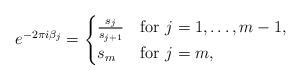
LaTeX: \begin{align*}e^{-2\pi i\beta_j}=\begin{cases}\frac{s_{j}}{s_{j+1}} &\mbox{for $j=1,\ldots, m-1$,}\\s_m &\mbox{for $j=m$,}\end{cases}\end{align*}